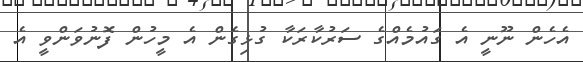
އެހެން ނޫނީ އެ ގައުމެއްގެ ސަރުކާރަކާ ގުޅިގެން އެ މީހުން ފޮނުވަންވީ އެ